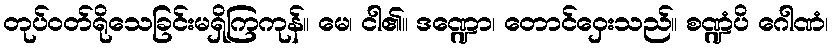
တုပ်ဝတ်ရိုသေခြင်းမရှိကြကုန်။ မေ၊ ငါ၏။ ဒဏ္ဍော၊ တောင်ဝှေးသည်။ စဏ္ဍံပိ ဂေါဏံ၊